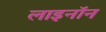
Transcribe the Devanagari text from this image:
लाइनॉन